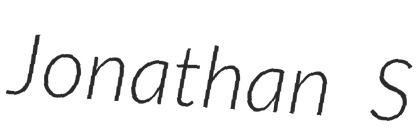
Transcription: Jonathan S